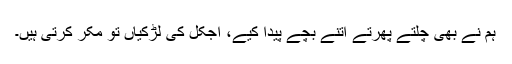
ہم نے بھی چلتے پھرتے اتنے بچے پیدا کیے، آجکل کی لڑکیاں تو مکر کرتی ہیں۔